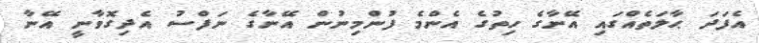
އެފަދަ ޙާލަތެއްގައި އޭނާގެ ހިތުގެ އެންމެ ފުންމިނުން އޭނާގެ ނަފްސު އެދިގޮވާނީ އޭނާ